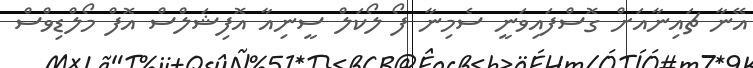
އޭނާ ޗައިނާއަށް ގޮސްފައިވަނީ ސެމިނާ ފޯ ލޯކަލް ސީނިއާ އޮފިޝަލްސް އޮފް މޯލްޑިވްސް